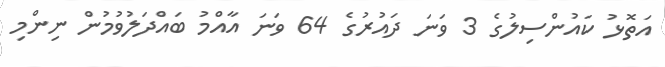
އަތޮޅު ކައުންސިލުގެ 3 ވަނަ ދައުރުގެ 64 ވަނަ އާއްމު ބައްދަލުވުމުން ނިންމި